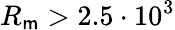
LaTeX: R_{\mathsf{m}}>2.5\cdot10^{3}